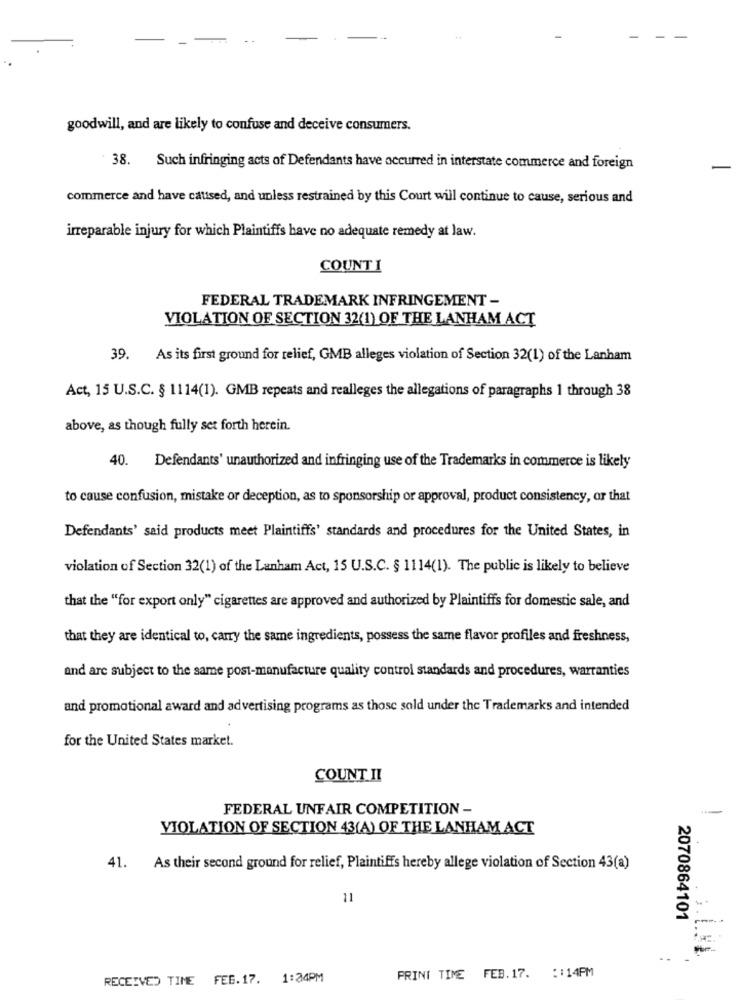
goodwill, and are likely to confuse and deceive consumers.
38. Such infringing acts of Defendants have occurred in interstate commerce and foreign
-
commerce and have caused, and unless restrained by this Court will continue to cause, serious and
irreparable injury for which Plaintiffs have no adequate remedy at law.
COUNTI
FEDERAL TRADEMARK INFRINGEMENT -
VIOLATION OF SECTION 32(1) OF THE LANHAM ACT
39.
As its first ground for relief, GMB alleges violation of Section 32(1) of the Lanham
Act, 15 U.S.C. § 1114(1). GMB repeats and realleges the allegations of paragraphs 1 through 38
above, as though fully set forth herein.
40.
Defendants' unauthorized and infringing use of the Trademarks in commerce is likely
to cause confusion, mistake or deception, as to sponsorship or approval, product consistency, or that
Defendants' said products meet Plaintiffs' standards and procedures for the United States, in
violation of Section 32(1) of the Lanham Act, 15 U.S.C. § 1114(1). The public is likely to believe
that the "for export only" cigarettes are approved and authorized by Plaintiffs for domestic sale, and
that they are identical to, carry the same ingredients, possess the same flavor profiles and freshness,
and are subject to the same post-manufacture quality control standards and procedures, warranties
and promotional award and advertising programs as those sold under the Trademarks and intended
for the United States market.
COUNT II
FEDERAL UNFAIR COMPETITION -
VIOLATION OF SECTION 43(A) OF THE LANHAM ACT
41.
As their second ground for relief, Plaintiffs hereby allege violation of Section 43(a)
11
2070864101
RECEIVED TIME FEB.17.
1:24PM
PRINT TIME FEB.17. : : 14PM